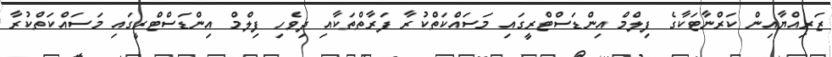
ޒަރިއްޔާއިން ކަރްނާޓަކާގެ ފިލްމް އިންޑަސްޓްރީގައި މަސައްކަތްކުރާ ފަރާތްތަކާއި ދިވެހި ފިލްމް އިންޑަސްޓްރީގައި މަސައްކަތްކުރާ